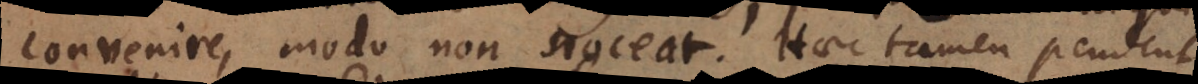
convenire, modo non noceat. Haec tamen pendent